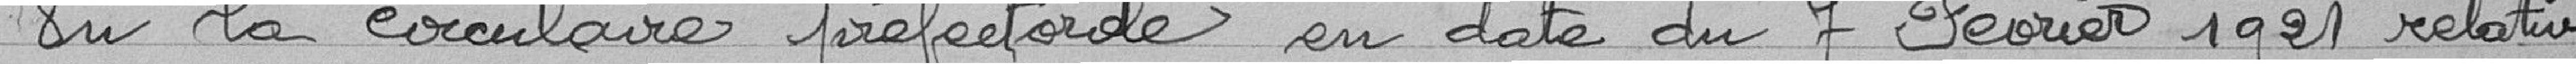
Vu la circulaire préfectorale en date du 7 février 1921 relative